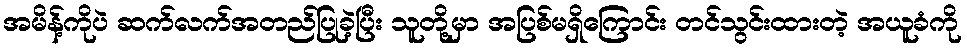
အမိန့်ကိုပဲ ဆက်လက်အတည်ပြုခဲ့ပြီး သူတို့မှာ အပြစ်မရှိကြောင်း တင်သွင်းထားတဲ့ အယူခံကို